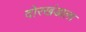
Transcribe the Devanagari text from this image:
दोरखंडाला